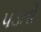
પડતો